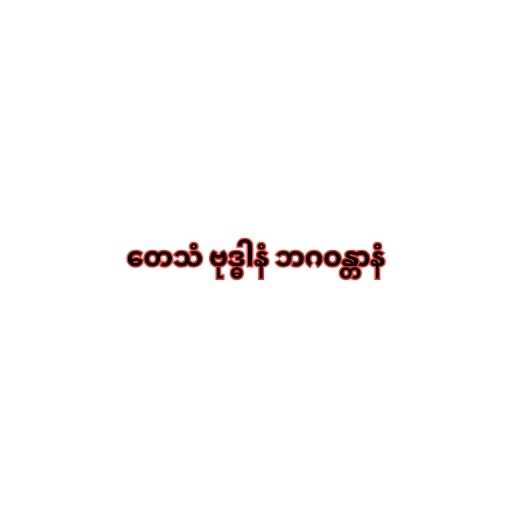
တေသံ ဗုဒ္ဓါနံ ဘဂဝန္တာနံ